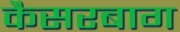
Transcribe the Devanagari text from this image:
कैसरबाग